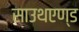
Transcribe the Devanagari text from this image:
साउथएण्ड